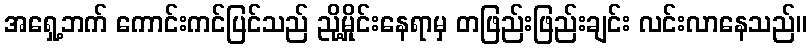
အရှေ့ဘက် ကောင်းကင်ပြင်သည် ညို့မှိုင်းနေရာမှ တဖြည်းဖြည်းချင်း လင်းလာနေသည်။